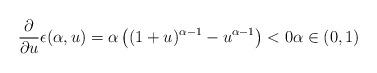
LaTeX: \begin{align*}\frac{\partial}{\partial u} \epsilon(\alpha, u) = \alpha \left( (1+u)^{\alpha-1} - u^{\alpha-1}\right) <0 \alpha\in(0,1)\end{align*}